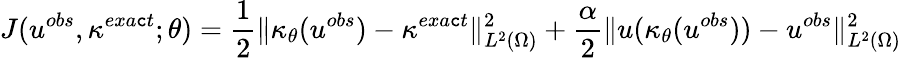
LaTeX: J(u^{obs},\kappa^{exa\mathtt{c}t};\theta)=\frac{{1}}{{2}}\| \kappa_{\theta}(u^{obs})-\kappa^{exa\mathtt{c}t}\| _{L^{2}(\Omega)}^{2}+\frac{{\alpha}}{{2}}\| u(\kappa_{\theta}(u^{obs}))-u^{obs}\| _{L^{2}(\Omega)}^{2}